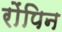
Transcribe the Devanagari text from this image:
रोंपिन